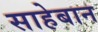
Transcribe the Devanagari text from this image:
साहेबान